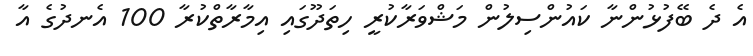
އެ ދެ ބޭފުޅުންނާ ކައުންސިލުން މަޝްވަރާކުރީ ހިތަދޫގައި އިމާރާތްކުރާ 100 އެނދުގެ އާ